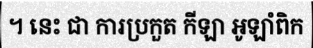
។ នេះ ជា ការប្រកួត កីឡា អូឡាំពិក